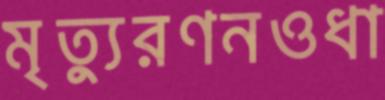
মৃত্যুরণনওধা